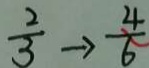
\frac { 2 } { 3 } \rightarrow \frac { 4 } { 6 }